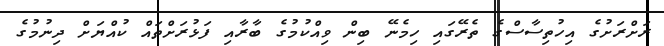
ރަށްރަށުގެ އިހުތިސާސްގެ ތެރޭގައި ހިމެނޭ ބިން ވިއްކުމުގެ ބާރާއި ފަޅުރަށްތައް ކުއްޔަށް ދިނުމުގެ